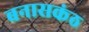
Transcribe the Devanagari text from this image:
बनासकंठ